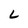
Character: L